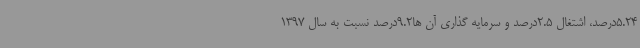
5.24درصد، اشتغال 2.5درصد و سرمایه گذاری آن ها9.2درصد نسبت به سال 1397